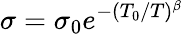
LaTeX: \sigma=\sigma_{0}e^{-(T_{0}/T)^{\beta}}